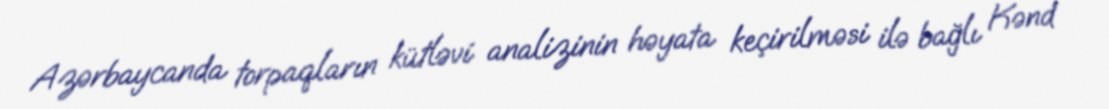
Azərbaycanda torpaqların kütləvi analizinin həyata keçirilməsi ilə bağlı Kənd